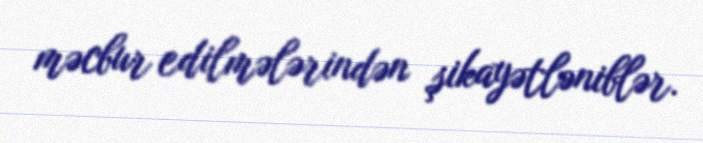
məcbur edilmələrindən şikayətləniblər.